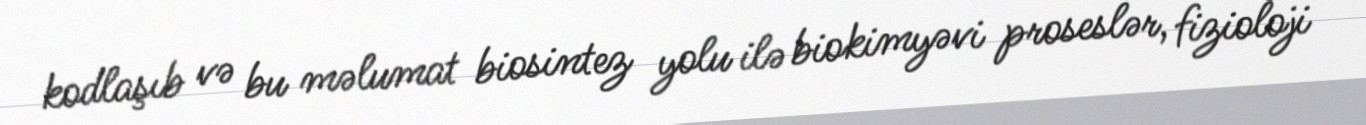
kodlaşıb və bu məlumat biosintez yolu ilə biokimyəvi proseslər, fizioloji